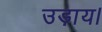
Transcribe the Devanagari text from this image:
उड़ाय।